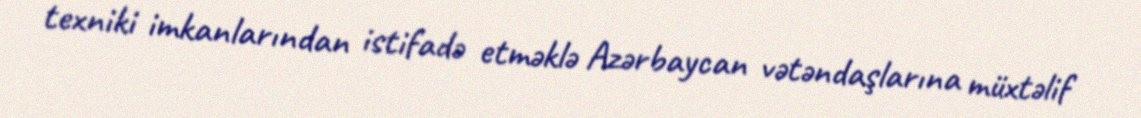
texniki imkanlarından istifadə etməklə Azərbaycan vətəndaşlarına müxtəlif